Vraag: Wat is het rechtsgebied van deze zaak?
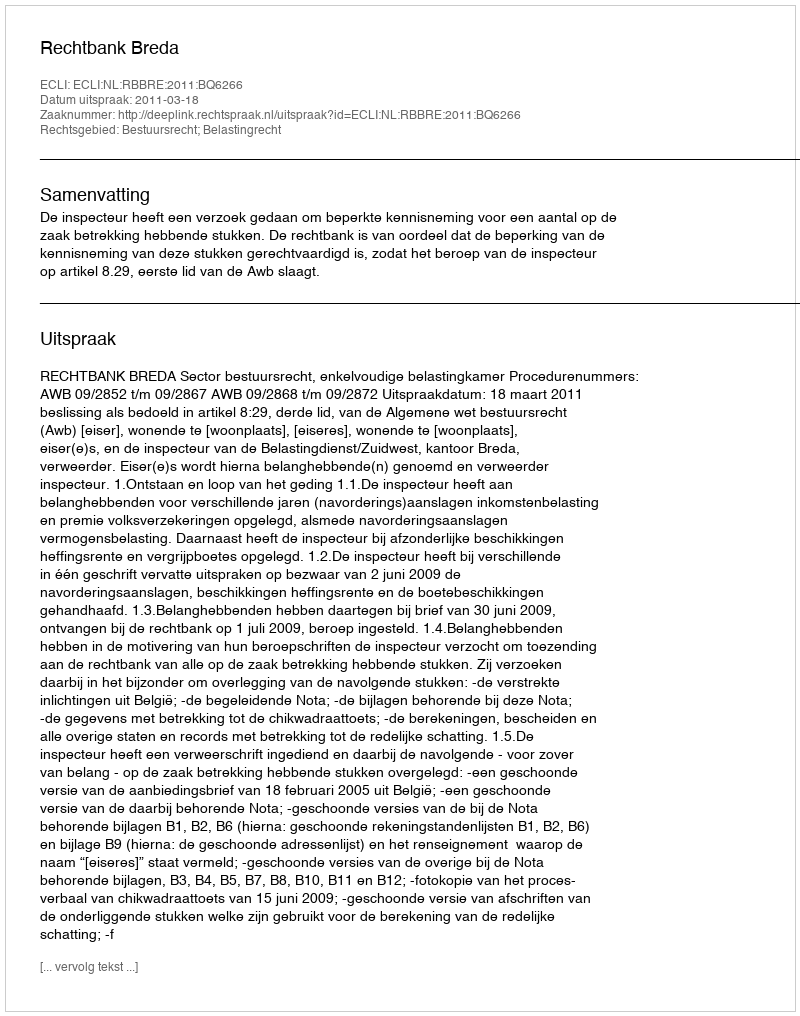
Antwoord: Bestuursrecht; Belastingrecht